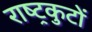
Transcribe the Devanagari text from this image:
राष्‍ट्रकुटों